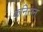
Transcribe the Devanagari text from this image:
कनिसन